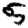
Digit: 5